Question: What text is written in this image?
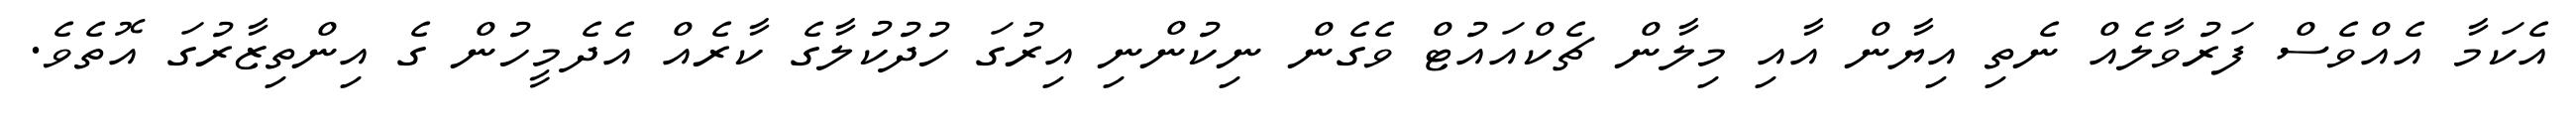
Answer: އެކަމާ އެއްވެސް ފަރުވާލެއް ނެތި އިޔާން އާއި މިލާން ޗެކްއައުޓް ވެގެން ނިކުންނި އިރުގަ ހުދުކުލާގެ ކާރެއް އެދެމީހުން ގެ އިންތިޒާރުގަ އޮތެވެ.